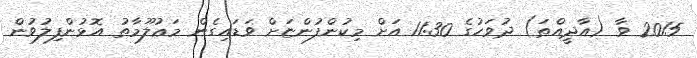
2015 ވާ (އާދީއްތަ) ދުވަހުގެ 11:30 އަށް މިކުންފުންޏަށް ވަޑައިގެން މަޢުލޫމާތު އޮޅުންފިލުވުން